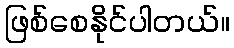
ဖြစ်စေနိုင်ပါတယ်။